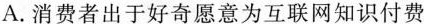
A.消费者出于好奇愿意为互联网知识付费